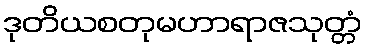
ဒုတိယစတုမဟာရာဇသုတ္တံ